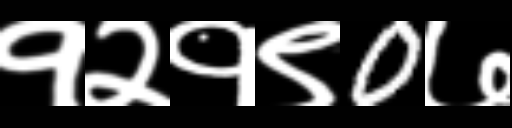
Text: १२१९0७